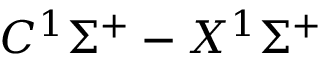
C { } ^ { 1 } \Sigma ^ { + } - X { } ^ { 1 } \Sigma ^ { + }